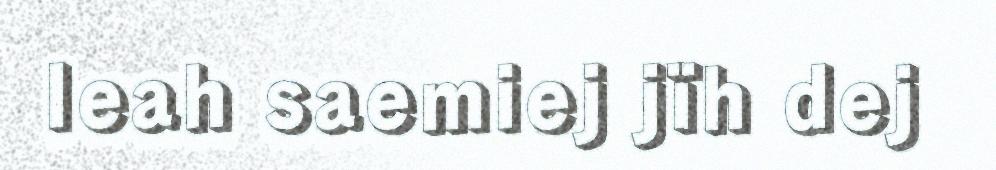
leah saemiej jïh dej